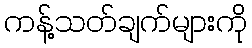
ကန့်သတ်ချက်များကို